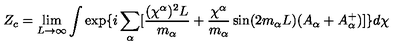
Z _ { c } = \lim _ { L \rightarrow \infty } \int \exp \{ i \sum _ { \alpha } [ \frac { ( \chi ^ { \alpha } ) ^ { 2 } L } { m _ { \alpha } } + \frac { \chi ^ { \alpha } } { m _ { \alpha } } \sin ( 2 m _ { \alpha } L ) ( A _ { \alpha } + A _ { \alpha } ^ { + } ) ] \} d \chi